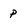
Character: P